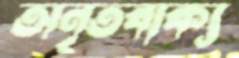
অনৃতবাক্য